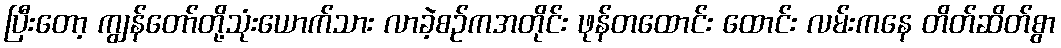
ပြီးတော့ ကျွန်တော်တို့သုံးယောက်သား လာခဲ့စဉ်ကအတိုင်း ဖုန်တထောင်း ထောင်း လမ်းကနေ တိတ်ဆိတ်စွာ